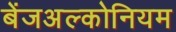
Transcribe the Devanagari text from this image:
बेंजअल्कोनियम